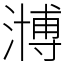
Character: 𣽡